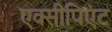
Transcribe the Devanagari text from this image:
एक्सीपिएंट